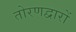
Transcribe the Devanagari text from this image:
तोरणद्वारों